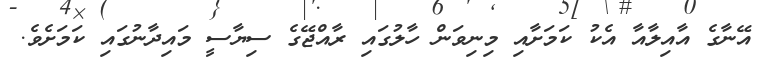
އޭނާގެ އާއިލާއާ އެކު ކަމަށާއި މިނިވަން ހާލުގައި ރާއްޖޭގެ ސިޔާސީ މައިދާނުގައި ކަމަށެވެ.